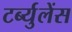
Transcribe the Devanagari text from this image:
टर्ब्युलेंस